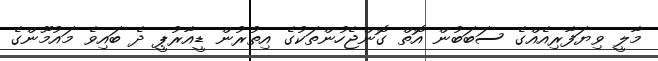
މާލީ ވިޔަފާރިއެއްގެ ސަބަބުން އޮތް ގޮންޖެހުންތަކުގެ އިތުރުން ޑީއާރުޕީ ދެ ބައިވެ މައުމޫންގެ